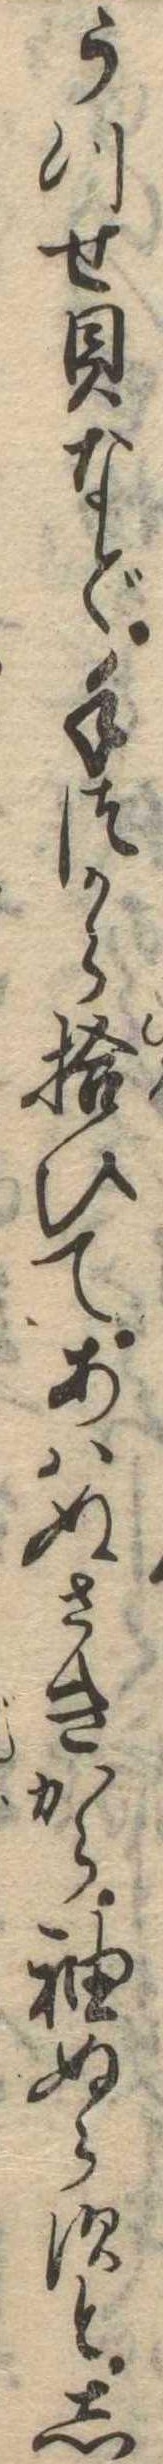
うつせ貝など手づから拾ひてあはぬさきから袖ぬらすとし